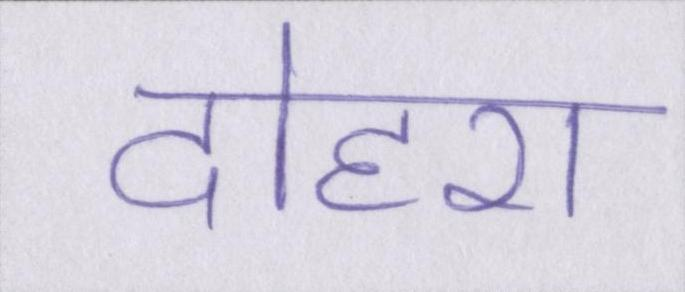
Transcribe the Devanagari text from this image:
दोहरा